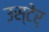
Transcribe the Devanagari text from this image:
उस्टेर्